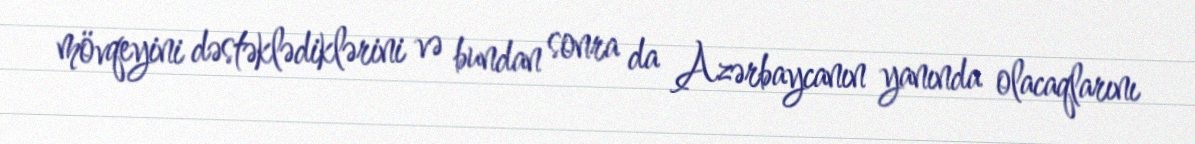
mövqeyini dəstəklədiklərini və bundan sonra da Azərbaycanın yanında olacaqlarını